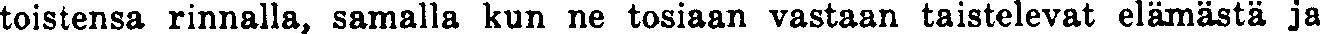
toistensa rinnalla, samalla kun ne tosiaan vastaan taistelevat elämästä ja